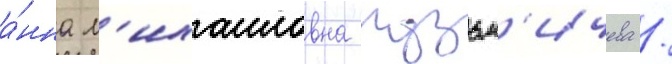
а́нна м'ихаиловна кузьм'ичева /